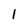
Character: l